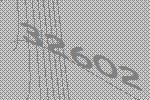
32602